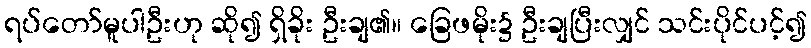
ရပ်တော်မူပါဦးဟု ဆို၍ ရှိခိုး ဦးချ၏။ ခြေဖမိုး၌ ဦးချပြီးလျှင် သင်းပိုင်ပင့်၍